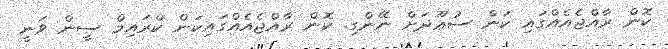
ކޮން ރާއްޖެއެއްގައި ކަން ސުޢޫދަށް ނޭންގި. ކޮން ރާއްޖެއެއްގައިކަން ކްރައިމް ސީން ވަނީ